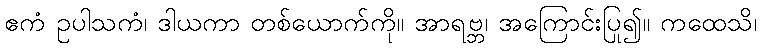
ဧကံ ဥပါသကံ၊ ဒါယကာ တစ်ယောက်ကို။ အာရဗ္ဘ၊ အကြောင်းပြု၍။ ကထေသိ၊